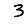
Digit: 3